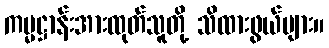
ကမ္မဋ္ဌာန်းအားထုတ်သူတို့ သိထားဖွယ်များ။